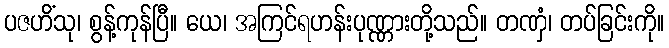
ပဇဟိံသု၊ စွန့်ကုန်ပြီ။ ယေ၊ အကြင်ရဟန်းပုဏ္ဏားတို့သည်။ တဏှံ၊ တပ်ခြင်းကို။